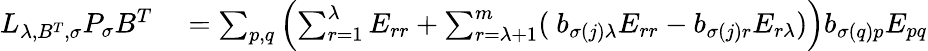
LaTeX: \begin{array}{rl}{L_{\lambda,B^{T},\sigma}P_{\sigma}B^{T}}&{{}=\sum_{p,q}\left(\sum_{r=1}^{\lambda}E_{rr}+\sum_{r=\lambda+1}^{m}(\ b_{\sigma(j)\lambda}E_{rr}-b_{\sigma(j)r}E_{r\lambda})\right)b_{\sigma(q)p}E_{pq}}\end{array}